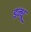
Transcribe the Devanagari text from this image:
इन्धू